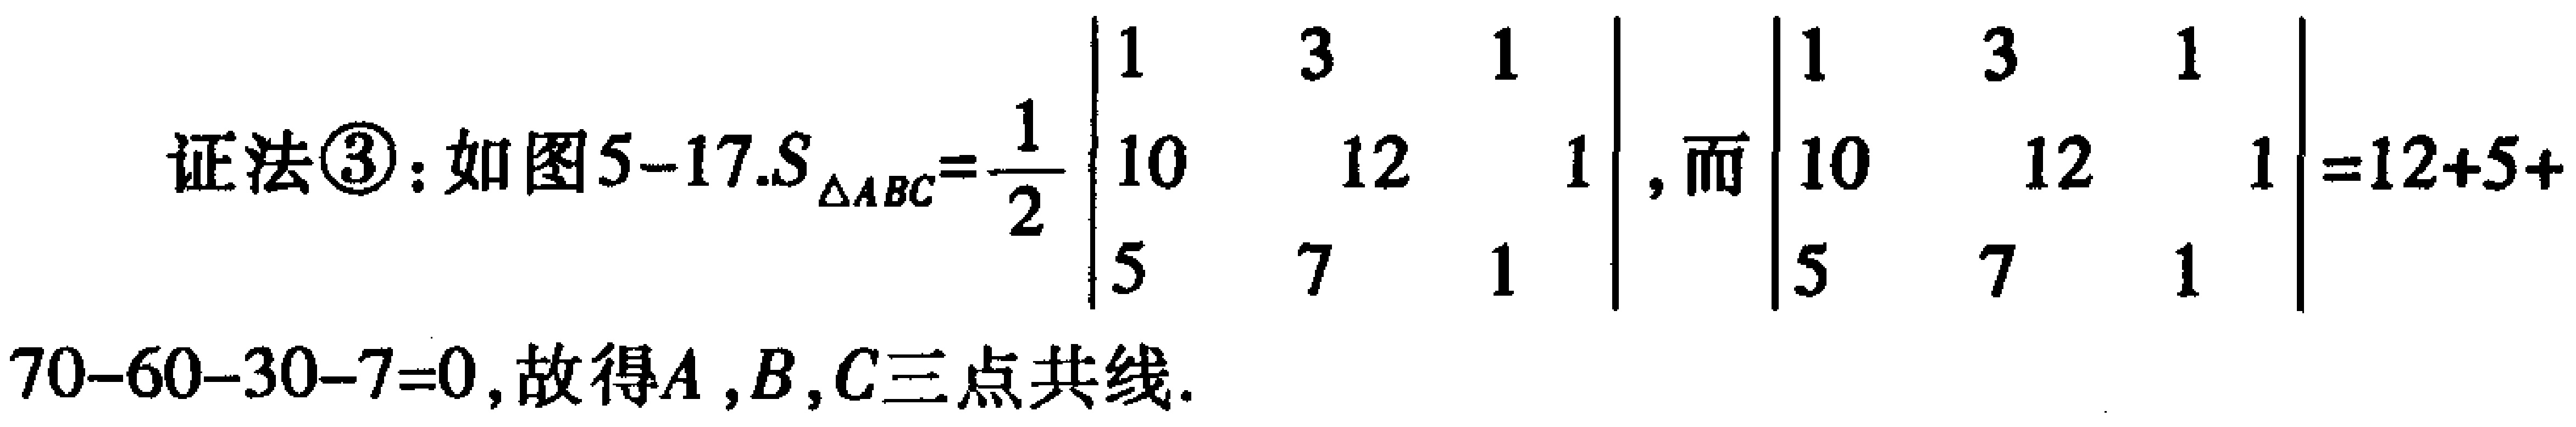
证法\textcircled{3}：如图5--17.$S_{\triangle ABC}=\frac{1}{2}\begin{vmatrix}
1 & 3 & 1\\
10 & 12 & 1\\
5 & 7 & 1
\end{vmatrix}$，而$\begin{vmatrix}
1 & 3 & 1\\
10 & 12 & 1\\
5 & 7 & 1
\end{vmatrix}=12 + 5+70 - 60 - 30 - 7=0$，故得$A,B,C$三点共线.